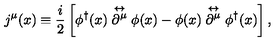
j ^ { \mu } ( x ) \equiv \frac { i } { 2 } \left[ \phi ^ { \dagger } ( x ) \stackrel { \leftrightarrow } { \partial ^ { \mu } } \phi ( x ) - \phi ( x ) \stackrel { \leftrightarrow } { \partial ^ { \mu } } \phi ^ { \dagger } ( x ) \right] ,